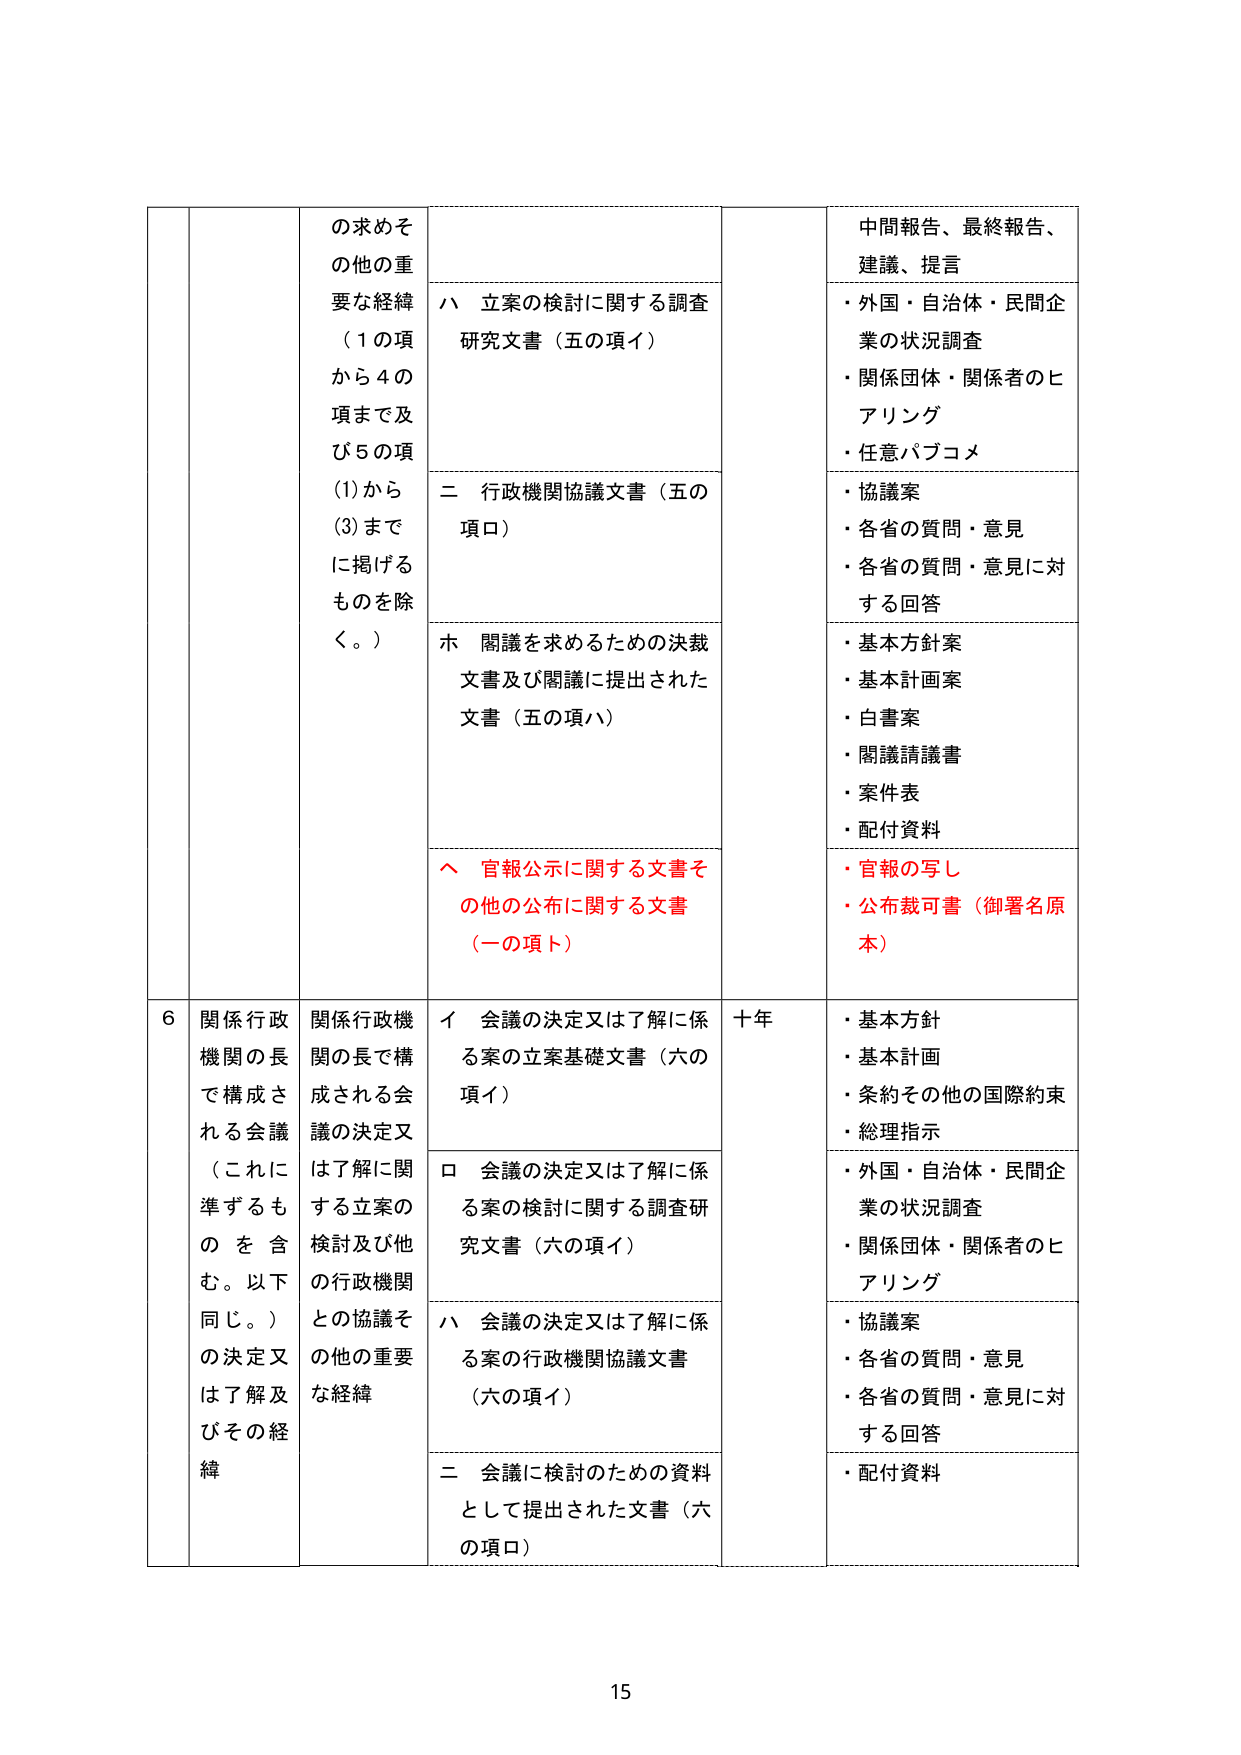
の求めその他の重要な経緯（１の項から４の項まで及び５の項(1)から(3)までに掲げるものを除く。）

ハ 立案の検討に関する調査研究文書（五の項イ）

二 行政機関協議文書（五の項ロ）

ホ 閣議を求めるための決裁文書及び閣議に提出された文書（五の項ハ）

ヘ 官報公示に関する文書その他の公布に関する文書（一の項ト）

中間報告、最終報告、建議、提言
・外国・自治体・民間企業の状況調査
・関係団体・関係者のヒアリング
・任意パブコメ
・協議案
・各省の質問・意見
・各省の質問・意見に対する回答
・基本方針案
・基本計画案
・白書案
・閣議請議書
・案件表
・配付資料
・官報の写し
・公布裁可書（御署名原本）

６ 関係行政機関の長で構成される会議（これに準ずるものを含む。以下同じ。）の決定又は了解及びその経緯

関係行政機関の長で構成される会議の決定又は了解に関する立案の検討及び他の行政機関との協議その他の重要な経緯

イ 会議の決定又は了解に係る案の立案基礎文書（六の項イ）

ロ 会議の決定又は了解に係る案の検討に関する調査研究文書（六の項イ）

ハ 会議の決定又は了解に係る案の行政機関協議文書（六の項イ）

二 会議に検討のための資料として提出された文書（六の項ロ）

十年

・基本方針
・基本計画
・条約その他の国際約束
・総理指示
・外国・自治体・民間企業の状況調査
・関係団体・関係者のヒアリング
・協議案
・各省の質問・意見
・各省の質問・意見に対する回答
・配付資料

15